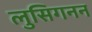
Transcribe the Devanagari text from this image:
लुसिगनन